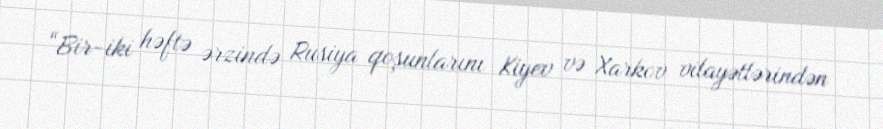
“Bir-iki həftə ərzində Rusiya qoşunlarını Kiyev və Xarkov vilayətlərindən